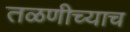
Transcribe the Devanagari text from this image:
तळणीच्याच